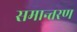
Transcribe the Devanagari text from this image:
समान्तरण